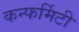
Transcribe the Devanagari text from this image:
कन्फर्मिटी